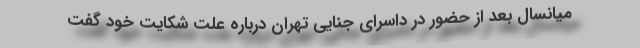
میانسال بعد از حضور در داسرای جنایی تهران درباره علت شکایت خود گفت